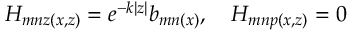
H _ { m n z ( x , z ) } = e ^ { - k | z | } b _ { m n ( x ) } , \quad H _ { m n p ( x , z ) } = 0